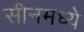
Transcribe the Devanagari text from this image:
सीनमध्ये